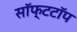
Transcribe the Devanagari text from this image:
सॉफ्टटॉप